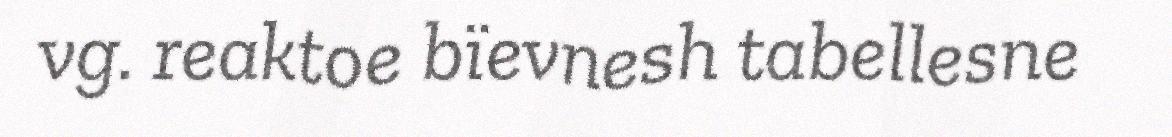
vg. reaktoe bïevnesh tabellesne